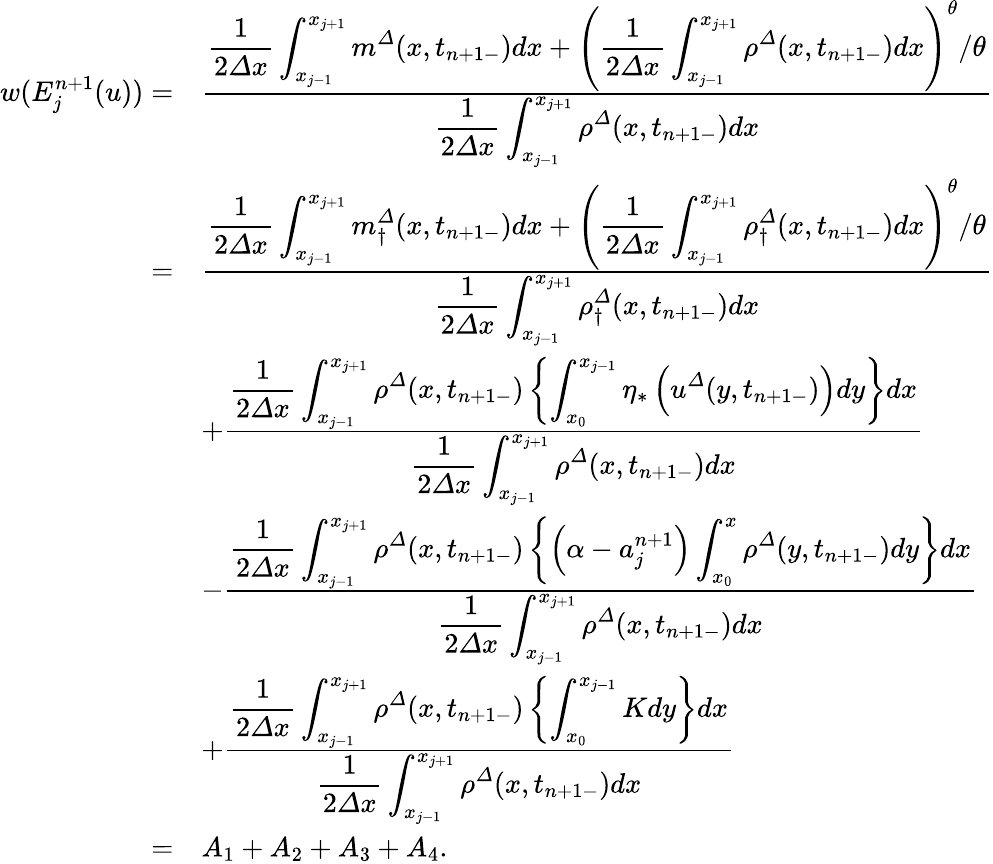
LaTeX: \begin{array}{rl}{w(E_{j}^{n+1}(u))=}&{\frac{\displaystyle\frac 1{2{\varDelta}x}\int_{x_{j-1}}^{x_{j+1}}m^{\varDelta}(x,t_{n+1-})dx+\left(\frac 1{2{\varDelta}x}\int_{x_{j-1}}^{x_{j+1}}{\rho}^{\varDelta}(x,t_{n+1-})dx\right)^{\theta}/\theta}{\displaystyle\frac 1{2{\varDelta}x}\int_{x_{j-1}}^{x_{j+1}}{\rho}^{\varDelta}(x,t_{n+1-})dx}}\\ {=}&{\frac{\displaystyle\frac 1{2{\varDelta}x}\int_{x_{j-1}}^{x_{j+1}}{m}_{\dagger}^{\varDelta}(x,t_{n+1-})dx+\left(\frac 1{2{\varDelta}x}\int_{x_{j-1}}^{x_{j+1}}{\rho}_{\dagger}^{\varDelta}(x,t_{n+1-})dx\right)^{\theta}/\theta}{\displaystyle\frac 1{2{\varDelta}x}\int_{x_{j-1}}^{x_{j+1}}{\rho}_{\dagger}^{\varDelta}(x,t_{n+1-})dx}}\\ &{+\frac{\displaystyle\frac 1{2{\varDelta}x}\int_{x_{j-1}}^{x_{j+1}}{\rho}^{\varDelta}(x,t_{n+1-})\left\{ \int_{x_{0}}^{x_{j-1}}\eta_{\ast}\left({u}^{\varDelta}(y,t_{n+1-})\right)dy\right\} dx}{\displaystyle\frac 1{2{\varDelta}x}\int_{x_{j-1}}^{x_{j+1}}{\rho}^{\varDelta}(x,t_{n+1-})dx}}\\ &{-\frac{\displaystyle\frac 1{2{\varDelta}x}\int_{x_{j-1}}^{x_{j+1}}{\rho}^{\varDelta}(x,t_{n+1-})\left\{ \left(\alpha-a_{j}^{n+1}\right)\int_{x_{0}}^{x}{\rho}^{\varDelta}(y,t_{n+1-})dy\right\} dx}{\displaystyle\frac 1{2{\varDelta}x}\int_{x_{j-1}}^{x_{j+1}}{\rho}^{\varDelta}(x,t_{n+1-})dx}}\\ &{+\frac{\displaystyle\frac 1{2{\varDelta}x}\int_{x_{j-1}}^{x_{j+1}}{\rho}^{\varDelta}(x,t_{n+1-})\left\{ \int_{x_{0}}^{x_{j-1}}Kdy\right\} dx}{\displaystyle\frac 1{2{\varDelta}x}\int_{x_{j-1}}^{x_{j+1}}{\rho}^{\varDelta}(x,t_{n+1-})dx}}\\ {=}&{A_{1}+A_{2}+A_{3}+A_{4}.}\end{array}